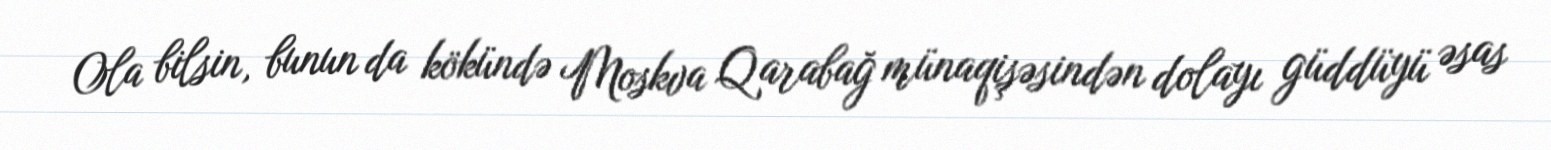
Ola bilsin, bunun da kökündə Moskva Qarabağ münaqişəsindən dolayı güddüyü əsas